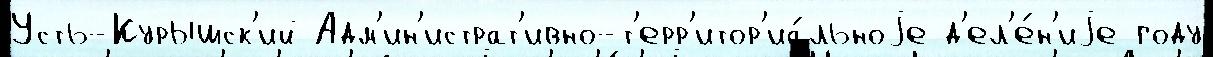
Усть-Курышск'ий Адм'ин'истрат'ивно-т'ерр'итор'иа́льноjе д'ел'е́н'иjе году